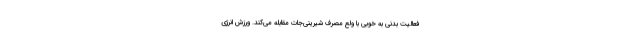
فعالیت بدنی به‌ خوبی با ولع مصرف شیرینی‌جات مقابله می‌کند. ورزش انرژی